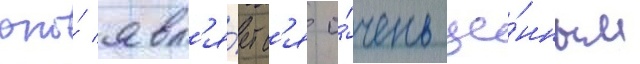
оно́ явл'я́етс'я о́чень це́нным